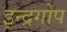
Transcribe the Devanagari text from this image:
इन्द्रगोप